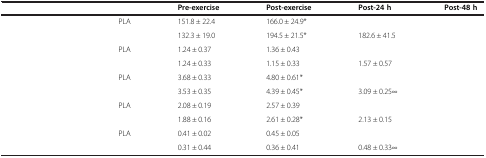
<table><thead><tr><td colspan="2">[EMPTY_CELL]</td><td><b>Pre-exercise</b></td><td><b>Post-exercise</b></td><td><b>Post-24 h</b></td><td><b>Post-48 h</b></td></tr></thead><tbody><tr><td rowspan="2">[EMPTY_CELL]</td><td>PLA</td><td>151.8 ± 22.4</td><td>166.0 ± 24.9*</td><td>[EMPTY_CELL]</td><td>[EMPTY_CELL]</td></tr><tr><td>[EMPTY_CELL]</td><td>132.3 ± 19.0</td><td>194.5 ± 21.5*</td><td>182.6 ± 41.5</td><td>[EMPTY_CELL]</td></tr><tr><td rowspan="2">[EMPTY_CELL]</td><td>PLA</td><td>1.24 ± 0.37</td><td>1.36 ± 0.43</td><td>[EMPTY_CELL]</td><td>[EMPTY_CELL]</td></tr><tr><td>[EMPTY_CELL]</td><td>1.24 ± 0.33</td><td>1.15 ± 0.33</td><td>1.57 ± 0.57</td><td>[EMPTY_CELL]</td></tr><tr><td rowspan="2">[EMPTY_CELL]</td><td>PLA</td><td>3.68 ± 0.33</td><td>4.80 ± 0.61*</td><td>[EMPTY_CELL]</td><td>[EMPTY_CELL]</td></tr><tr><td>[EMPTY_CELL]</td><td>3.53 ± 0.35</td><td>4.39 ± 0.45*</td><td>3.09 ± 0.25∞</td><td>[EMPTY_CELL]</td></tr><tr><td rowspan="2">[EMPTY_CELL]</td><td>PLA</td><td>2.08 ± 0.19</td><td>2.57 ± 0.39</td><td>[EMPTY_CELL]</td><td>[EMPTY_CELL]</td></tr><tr><td>[EMPTY_CELL]</td><td>1.88 ± 0.16</td><td>2.61 ± 0.28*</td><td>2.13 ± 0.15</td><td>[EMPTY_CELL]</td></tr><tr><td rowspan="2">[EMPTY_CELL]</td><td>PLA</td><td>0.41 ± 0.02</td><td>0.45 ± 0.05</td><td>[EMPTY_CELL]</td><td>[EMPTY_CELL]</td></tr><tr><td>[EMPTY_CELL]</td><td>0.31 ± 0.44</td><td>0.36 ± 0.41</td><td>0.48 ± 0.33∞</td><td>[EMPTY_CELL]</td></tr></tbody></table>